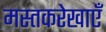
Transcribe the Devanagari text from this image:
मस्तकरेखाएँ